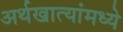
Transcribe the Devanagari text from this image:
अर्थखात्यांमध्ये